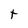
Character: t